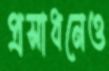
প্রসাধনেও